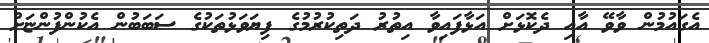
އެގައުމުން ވާވޭ އާއި ދެކޮޅަށް އަޅާފައިވާ އިތުރު ދަތިކުރުމުގެ ފިޔަވަޅުތަކުގެ ސަބަބުން އެކުންފުންޏަށް